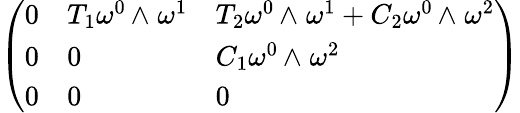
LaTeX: \left(\begin{array}{lll}{0}&{T_{1}\omega^{0}{\, {\wedge}\; }\omega^{1}}&{T_{2}\omega^{0}{\, {\wedge}\; }\omega^{1}+C_{2}\omega^{0}{\, {\wedge}\; }\omega^{2}}\\ {0}&{0}&{C_{1}\omega^{0}{\, {\wedge}\; }\omega^{2}}\\ {0}&{0}&{0}\end{array}\right)